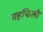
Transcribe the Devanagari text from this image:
महफिली